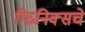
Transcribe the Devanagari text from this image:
फिनिक्सचे